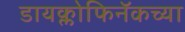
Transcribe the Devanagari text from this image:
डायक्लोफिनॅकच्या